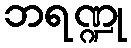
ဘရဏ္ဍု